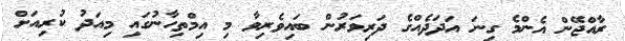
ރާއްޖޭން އެންމެ ގިނަ އަދަދެއްގެ ދަރިވަރުން ބައިވެރިވާ މި އިމްތިހާނުގައި މިއަދު ކުރިއަށް